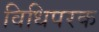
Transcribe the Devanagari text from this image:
विधिपरक